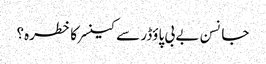
جانسن بے بی پاؤڈر سے کینسر کا خطرہ؟